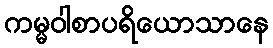
ကမ္မဝါစာပရိယောသာနေ